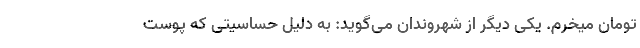
تومان میخرم. یکی دیگر از شهروندان می‌گوید: به دلیل حساسیتی که پوست